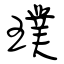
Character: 璞